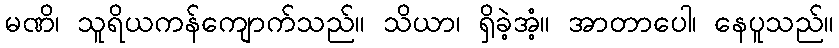
မဏိ၊ သူရိယကန်ကျောက်သည်။ သိယာ၊ ရှိခဲ့အံ့။ အာတာပေါ၊ နေပူသည်။